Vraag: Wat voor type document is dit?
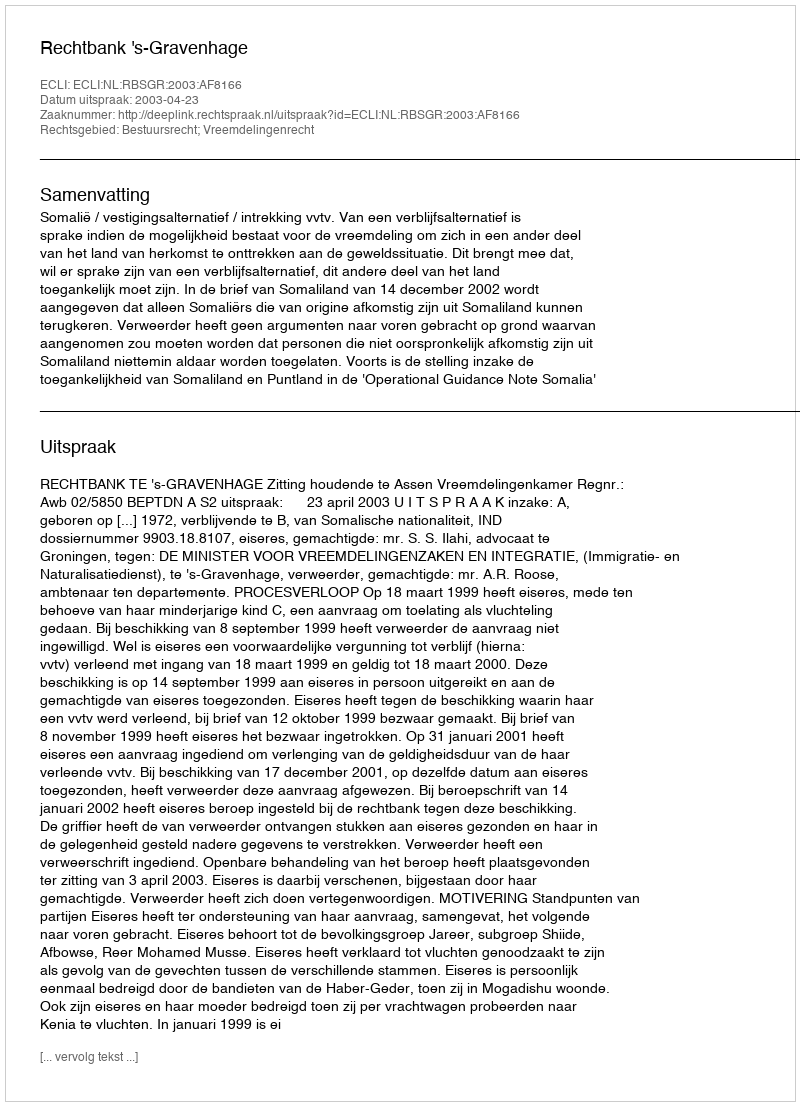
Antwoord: Uitspraak